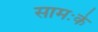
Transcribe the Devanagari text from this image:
सामःके